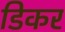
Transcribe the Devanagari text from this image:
डिकर